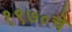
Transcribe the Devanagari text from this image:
१९७०चे